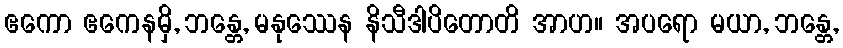
ဧကော ဧကေနမှိ, ဘန္တေ, မနုဿေန နိသီဒါပိတောတိ အာဟ။ အပရော မယာ, ဘန္တေ,